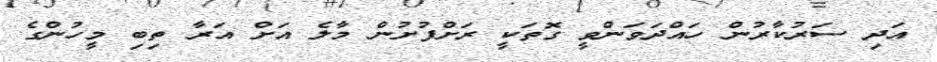
އަދި ސަރުކާރުން ހައްދަވަންވީ ގޮތަކީ ރަށްފުށުން މާލެ އަށް އަރާ ތިބި މީހުންގެ